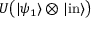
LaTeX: U { \big ( } | \psi _ { 1 } \rangle \otimes | { \mathrm { i n } } \rangle { \big ) }